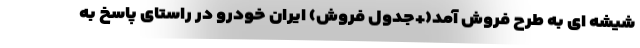
شیشه ای به طرح فروش آمد(+جدول فروش) ایران خودرو در راستای پاسخ به